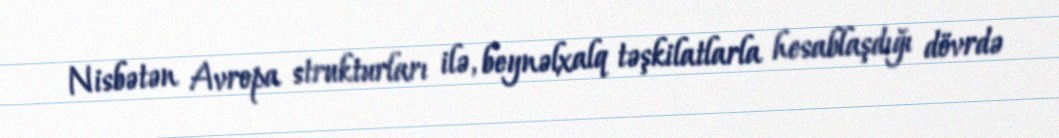
Nisbətən Avropa strukturları ilə, beynəlxalq təşkilatlarla hesablaşdığı dövrdə